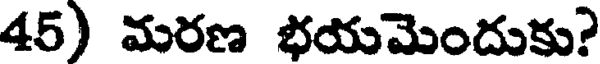
45) మరణ భయమెందుకు?